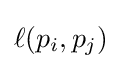
\ell (p_{i},p_{j})